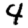
Digit: 4